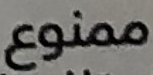
ممنوع